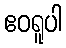
ဧဝရူပါ